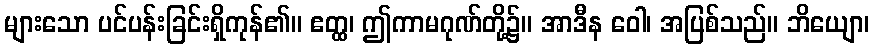
များသော ပင်ပန်းခြင်းရှိကုန်၏။ ဧတ္ထ၊ ဤကာမဂုဏ်တို့၌။ အာဒီန ဝေါ၊ အပြစ်သည်။ ဘိယျော၊